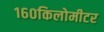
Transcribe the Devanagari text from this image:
१६०किलोमीटर